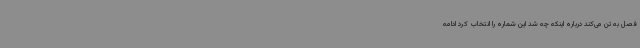
فصل به تن می‌کند درباره اینکه چه شد این شماره را انتخاب کرد ادامه